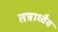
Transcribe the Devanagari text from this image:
तत्राध्वैव